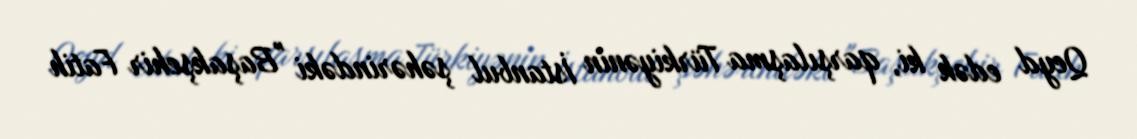
Qeyd edək ki, qarşılaşma Türkiyənin İstanbul şəhərindəki "Başakşehir Fatih